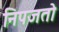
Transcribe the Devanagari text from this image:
निपजतो